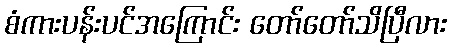
စံကားပန်းပင်အကြောင်း တော်တော်သိပြီလား